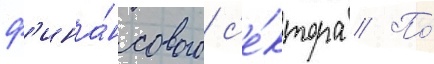
ф'ина́нсового с'е́ктора // По́